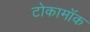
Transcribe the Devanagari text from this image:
टोकामॉक